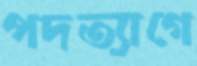
পদত্যাগে